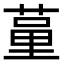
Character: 𦷗